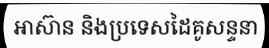
អាស៊ាន និងប្រទេសដៃគូសន្ទនា